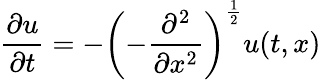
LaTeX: {\frac{\partial u}{\partial t}}=-\left(-{\frac{\partial^{2}}{\partial x^{2}}}\right)^{\frac{1}{2}}u(t,x)